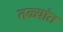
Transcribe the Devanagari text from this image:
तळ्यांत